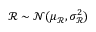
\mathscr R \sim \mathcal N ( \mu _ { \mathscr R } , \sigma _ { \mathscr R } ^ { 2 } )